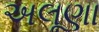
અલૂણા